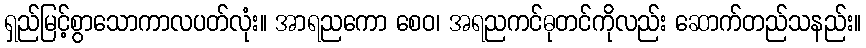
ရှည်မြင့်စွာသောကာလပတ်လုံး။ အာရညကော စေဝ၊ အရညကင်ဓုတင်ကိုလည်း ဆောက်တည်သနည်း။